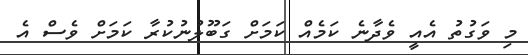
މި ވަގުތު އެއީ ވެދާނެ ކަމެއް ކަމަށް ގަބޫލުނުކުރާ ކަމަށް ވެސް އެ